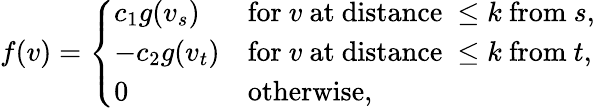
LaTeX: f(v)={\left\{ \begin{array}{ll}{c_{1}g(v_{s})}&{{\mathrm{for~}}v{\mathrm{~at~distance~}}\leq k{\mathrm{~from~}}s,}\\ {-c_{2}g(v_{t})}&{{\mathrm{for~}}v{\mathrm{~at~distance~}}\leq k{\mathrm{~from~}}t,}\\ {0}&{{\mathrm{otherwise,}}}\end{array}\right.}